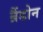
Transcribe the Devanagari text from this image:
ब्रैंडोन